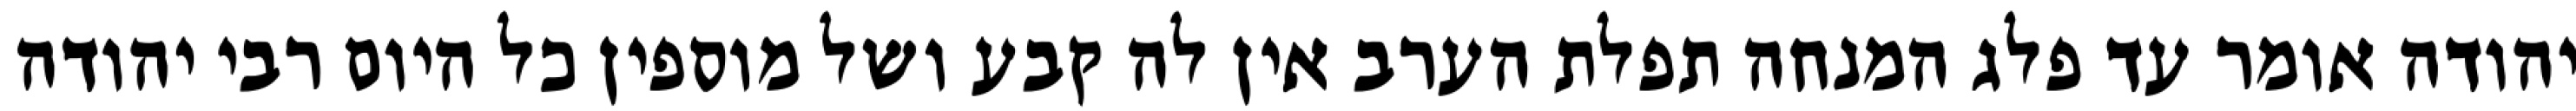
יהודה אומר עד פלג המנחה תפלת הערב אין לה קבע ושל מוספין כל היום רבי יהודה